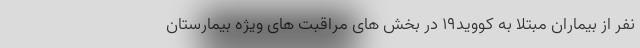
نفر از بیماران مبتلا به کووید۱۹ در بخش های مراقبت های ویژه بیمارستان